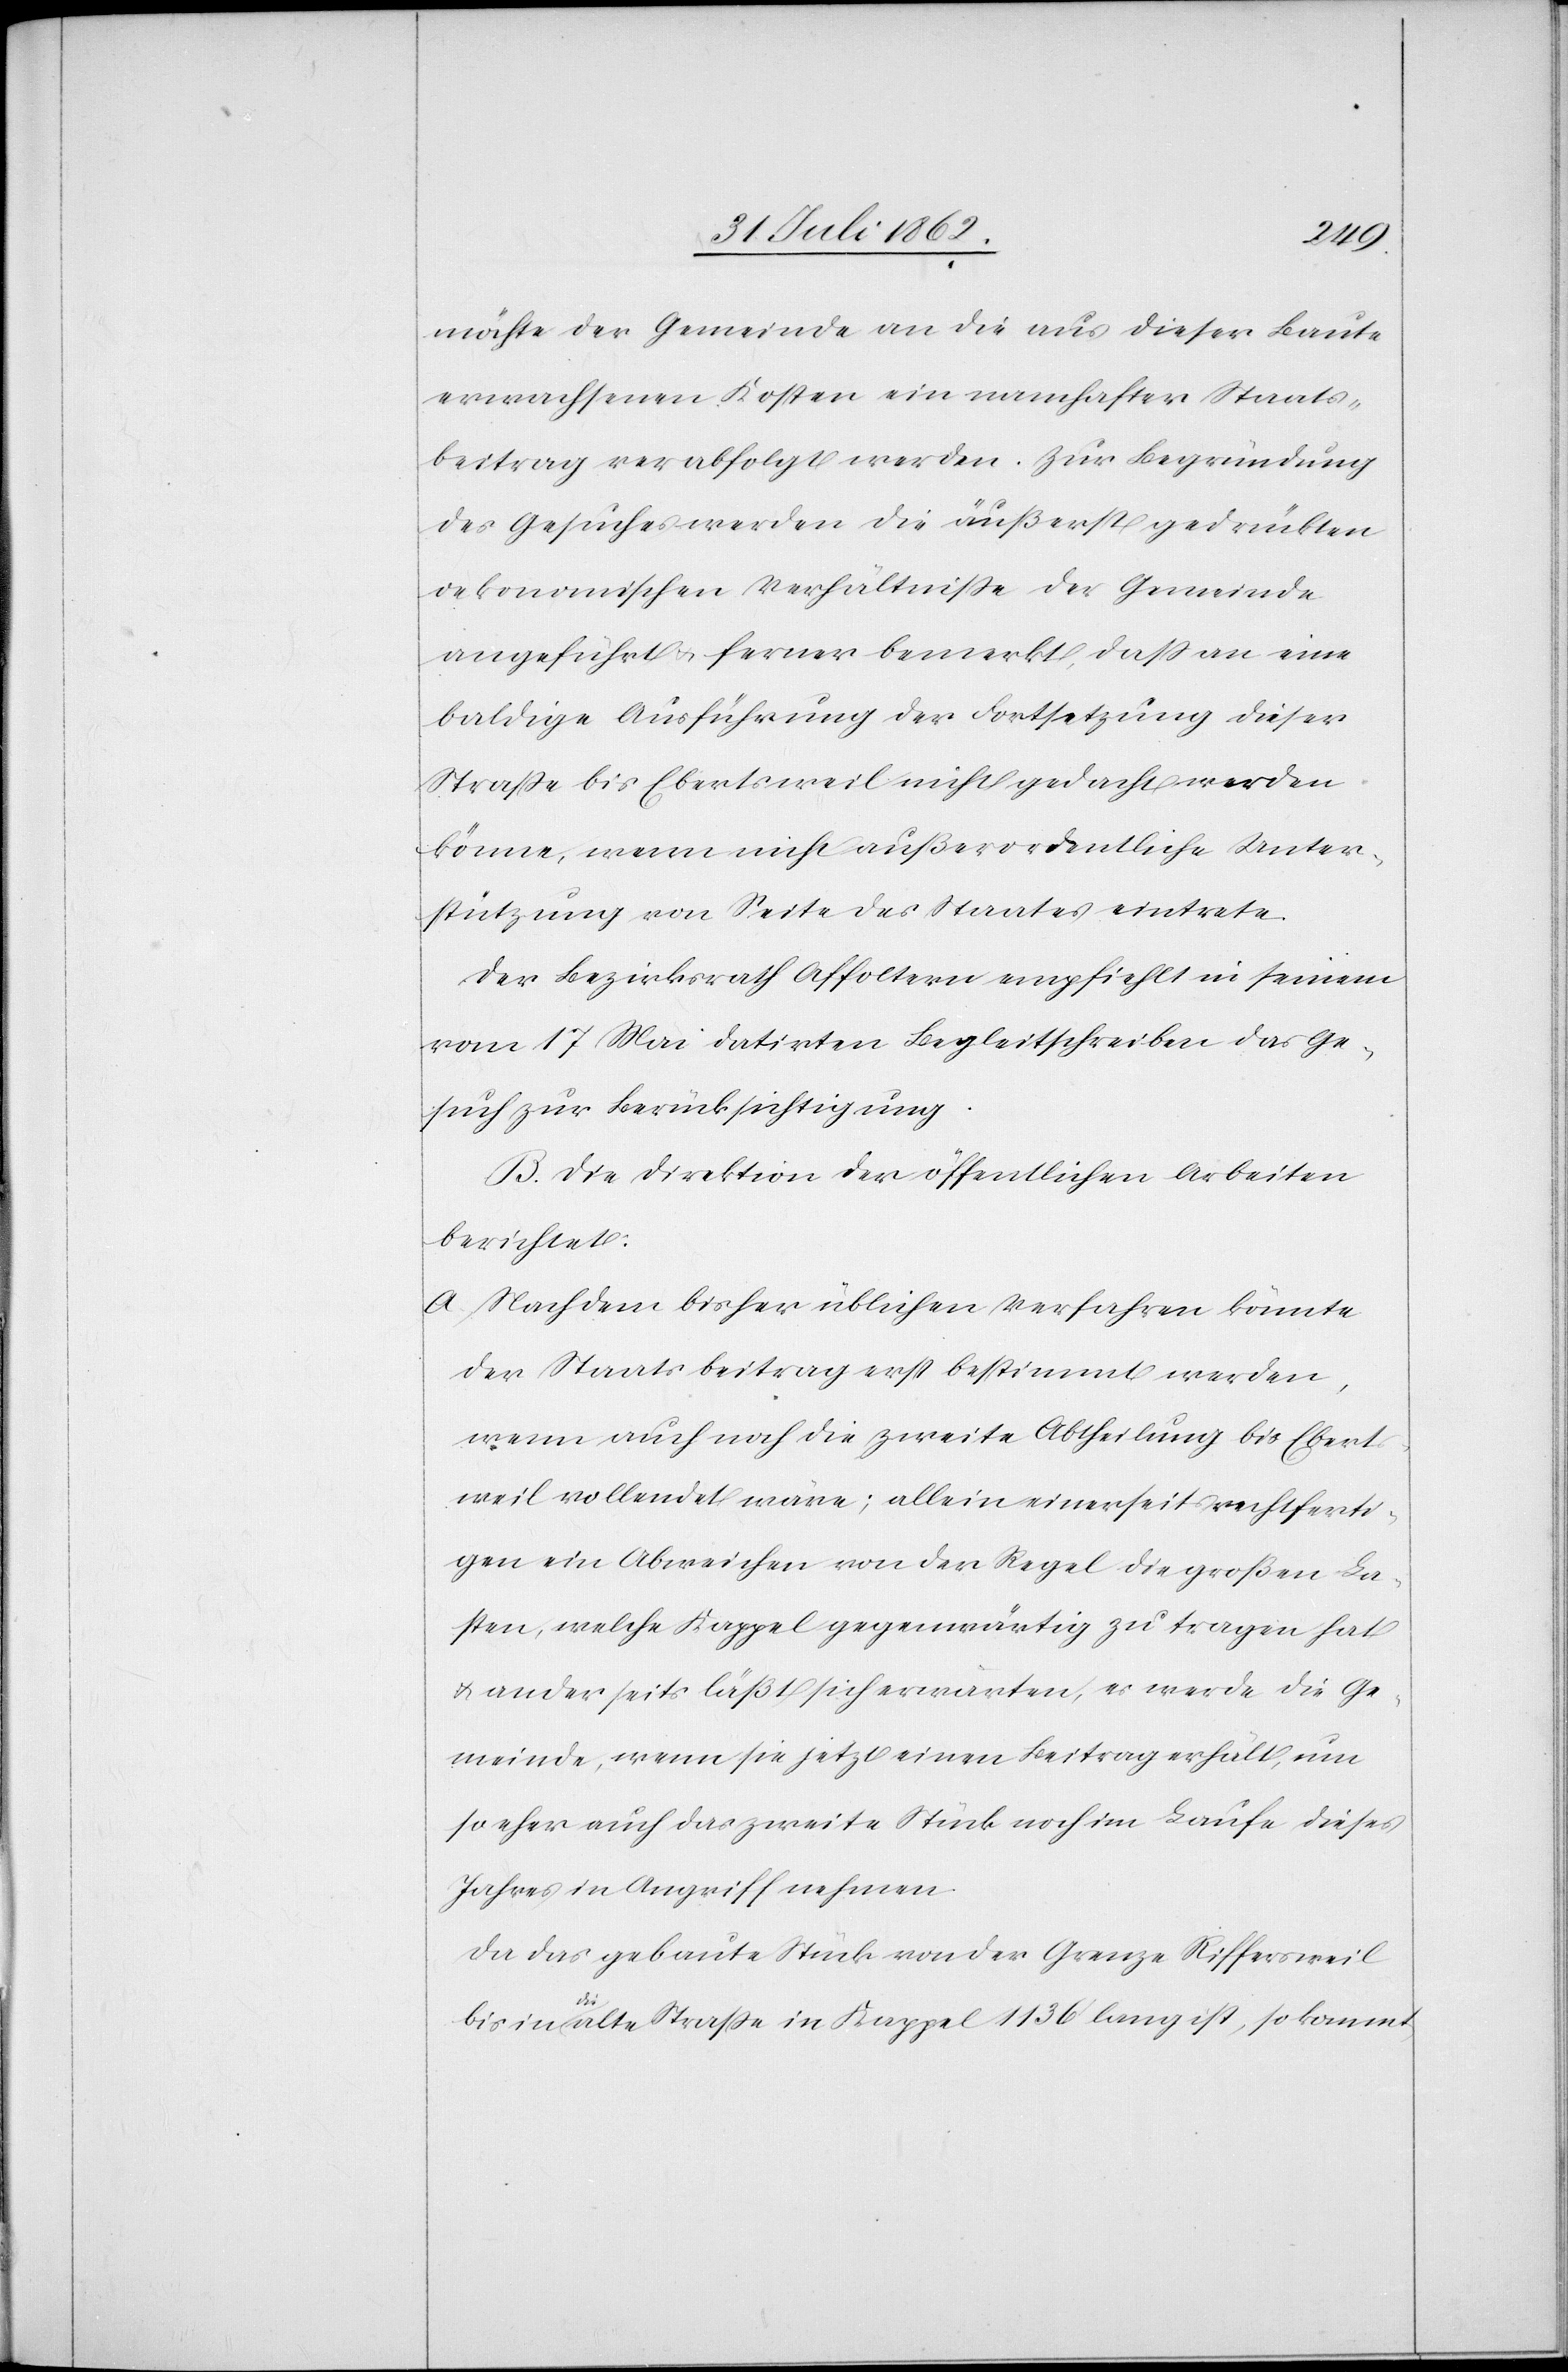
möchte der Gemeinde an die aus dieser Baute
erwachsenen Kosten ein namhafter Staats¬
beitrag verabfolgt werden. Zur Begründung
des Gesuches werden die äußerst gedrückten
oekonomischen Verhältnisse der Gemeinde
angeführt u. ferner bemerkt, daß an eine
baldige Ausführung der Fortsetzung dieser
Straße bis Ebertsweil nicht gedacht werden
könne, wenn nicht außerordentliche Unter¬
stützung von Seite des Staates eintrete.
Der Bezirksrath Affoltern empfiehlt in seinem
vom 17. Mai datirten Begleitschreiben das Ge¬
such zur Berücksichtigung.
B. Die Direktion der öffentlichen Arbeiten
berichtet:
a. Nach dem bisher üblichen Verfahren könnte
der Staatsbeitrag erst bestimmt werden,
wenn auch noch die zweite Abtheilung bis Ebert¬
sweil vollendet wäre; allein einerseits rechtferti¬
gen ein Abweichen von der Regel die großen La¬
sten, welche Kappel gegenwärtig zu tragen hat
u. anderseits läßt sich erwarten, es werde die Ge¬
meinde, wenn sie jetzt einen Beitrag erhält, um
so eher auch das zweite Stück noch im Laufe dieses
Jahres in Angriff nehmen.
Da das gebaute Stück von der Grenze Riffersweil
bis in die alte Straße in Kappel 1136’ lang ist, so kommt